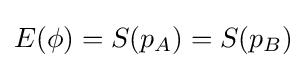
E(\phi )=S(p_{A})=S(p_{B})